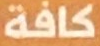
كافة